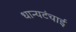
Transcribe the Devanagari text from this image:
धान्यटंचाई